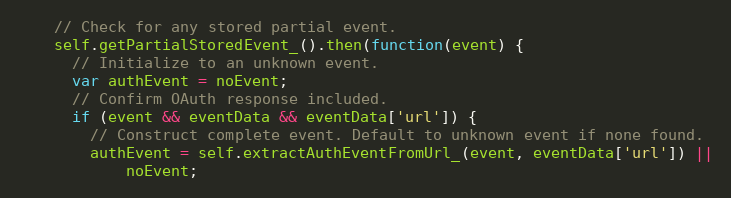
Language: JavaScript
    // Check for any stored partial event.
    self.getPartialStoredEvent_().then(function(event) {
      // Initialize to an unknown event.
      var authEvent = noEvent;
      // Confirm OAuth response included.
      if (event && eventData && eventData['url']) {
        // Construct complete event. Default to unknown event if none found.
        authEvent = self.extractAuthEventFromUrl_(event, eventData['url']) ||
            noEvent;